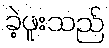
ခဲ့ဖူးသည်